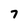
Character: 7